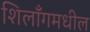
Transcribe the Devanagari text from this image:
शिलाँगमधील